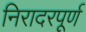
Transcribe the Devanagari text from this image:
निरादरपूर्ण